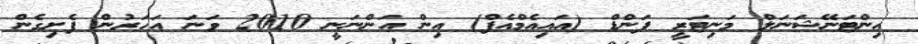
އިންޓަނޭޝަނަލް މަނިޓަރީ ފަންޑް (އައިއެމްއެފް) އިން އަންނަނީ 2010 ވަނަ އަހަރުން ފެށިގެން